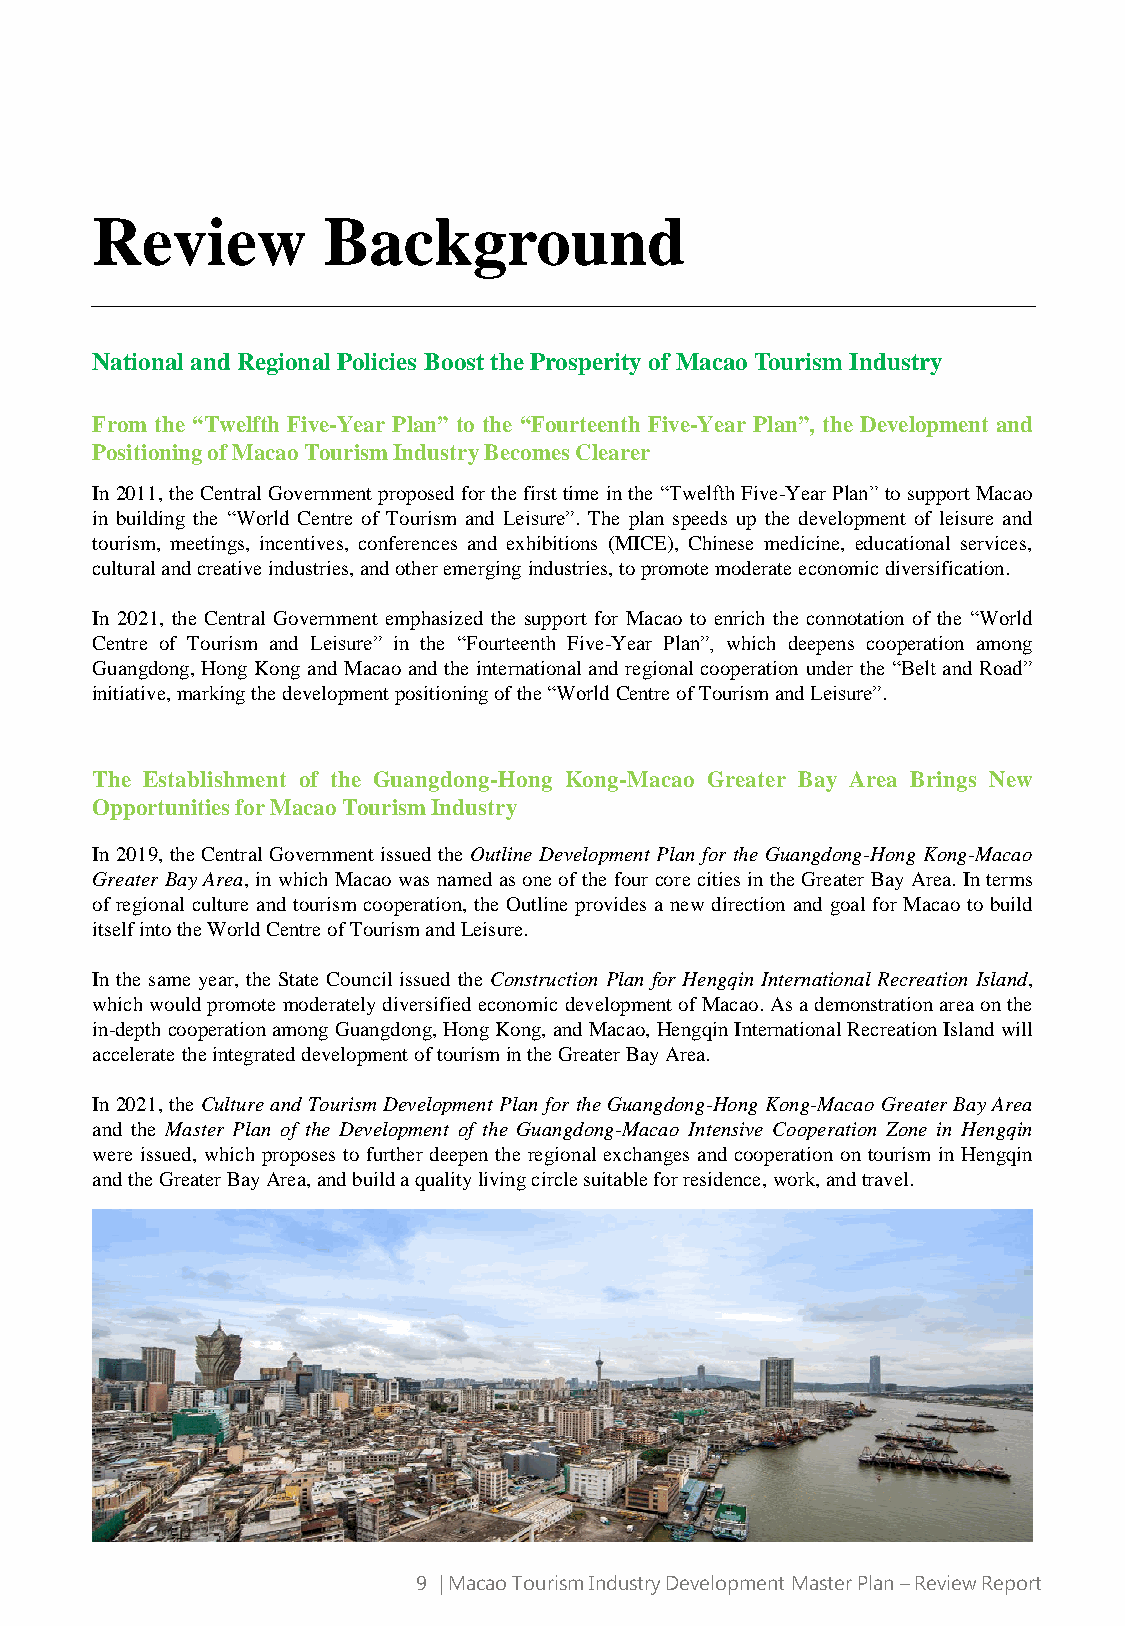
Review         Background
 National and Regional Policies Boost the Prosperity of Macao Tourism Industry
 From the “Twelfth Five-Year Plan” to the “Fourteenth Five-Year Plan”, the Development and
 PositioningofMacaoTourismIndustryBecomesClearer
 In2011,theCentral Governmentproposed forthe firsttime inthe “TwelfthFive-Year Plan”tosupportMacao
 in building the “World Centre of Tourism and Leisure”. The plan speeds up the development of leisure and
 tourism, meetings, incentives, conferences and exhibitions (MICE), Chinese medicine, educational services,
 culturalandcreativeindustries,andotheremerging industries,topromotemoderateeconomicdiversification.
 In 2021, the Central Government emphasized the support for Macao to enrich the connotation of the “World
 Centre of Tourism and Leisure” in the “Fourteenth Five-Year Plan”, which deepens cooperation among
 Guangdong, Hong Kong and Macao and the international and regional cooperation under the “Belt and Road”
 initiative,markingthedevelopmentpositioningofthe“WorldCentreofTourismandLeisure”.
 The Establishment of the Guangdong-Hong Kong-Macao Greater Bay Area Brings New
 OpportunitiesforMacaoTourismIndustry
 In 2019, the Central Government issued the Outline Development Plan for the Guangdong-Hong Kong-Macao
 Greater Bay Area, in which Macao wasnamed asone ofthe four core citiesinthe Greater BayArea. Interms
 of regional culture and tourism cooperation, the Outline provides a new direction and goal for Macao to build
 itselfintotheWorldCentreofTourismandLeisure.
 In the same year, the State Council issued the Construction Plan for Hengqin International Recreation Island,
 whichwouldpromote moderatelydiversifiedeconomicdevelopmentofMacao.Asademonstrationareaonthe
 in-depthcooperationamongGuangdong,HongKong,andMacao,HengqinInternationalRecreationIsland will
 acceleratetheintegrateddevelopment oftourismintheGreaterBayArea.
 In2021,the Culture andTourism Development Plan fortheGuangdong-HongKong-Macao Greater Bay Area
 and the Master Plan of the Development of the Guangdong-Macao Intensive Cooperation Zone in Hengqin
 were issued, which proposes to further deepen the regional exchanges and cooperation on tourism in Hengqin
 andtheGreaterBayArea,andbuildaqualitylivingcirclesuitableforresidence,work,andtravel.
 9 | Macao Tourism Industry Development Master Plan –Review Report